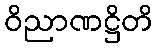
ဝိညာဏဋ္ဌိတိ